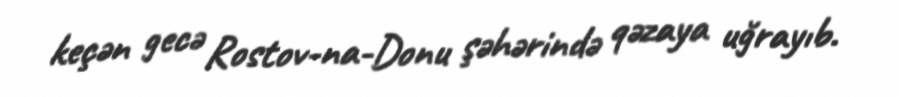
keçən gecə Rostov-na-Donu şəhərində qəzaya uğrayıb.